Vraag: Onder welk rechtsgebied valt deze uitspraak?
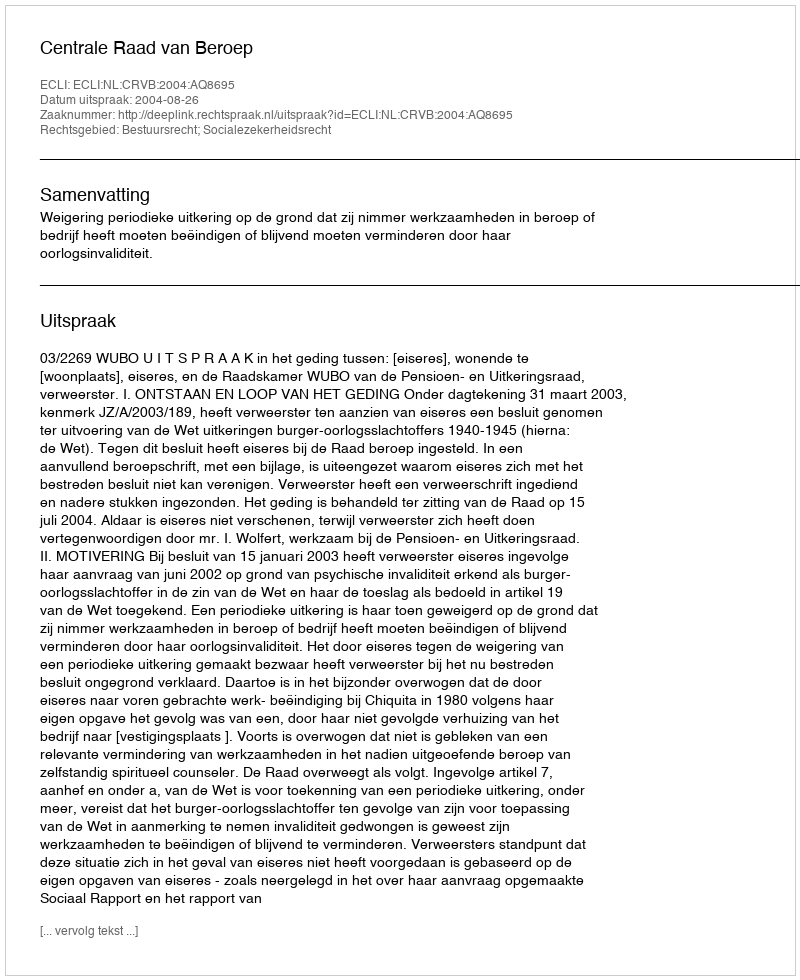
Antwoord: Bestuursrecht; Socialezekerheidsrecht